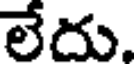
లేదు.